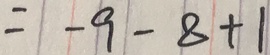
= - 9 - 8 + 1